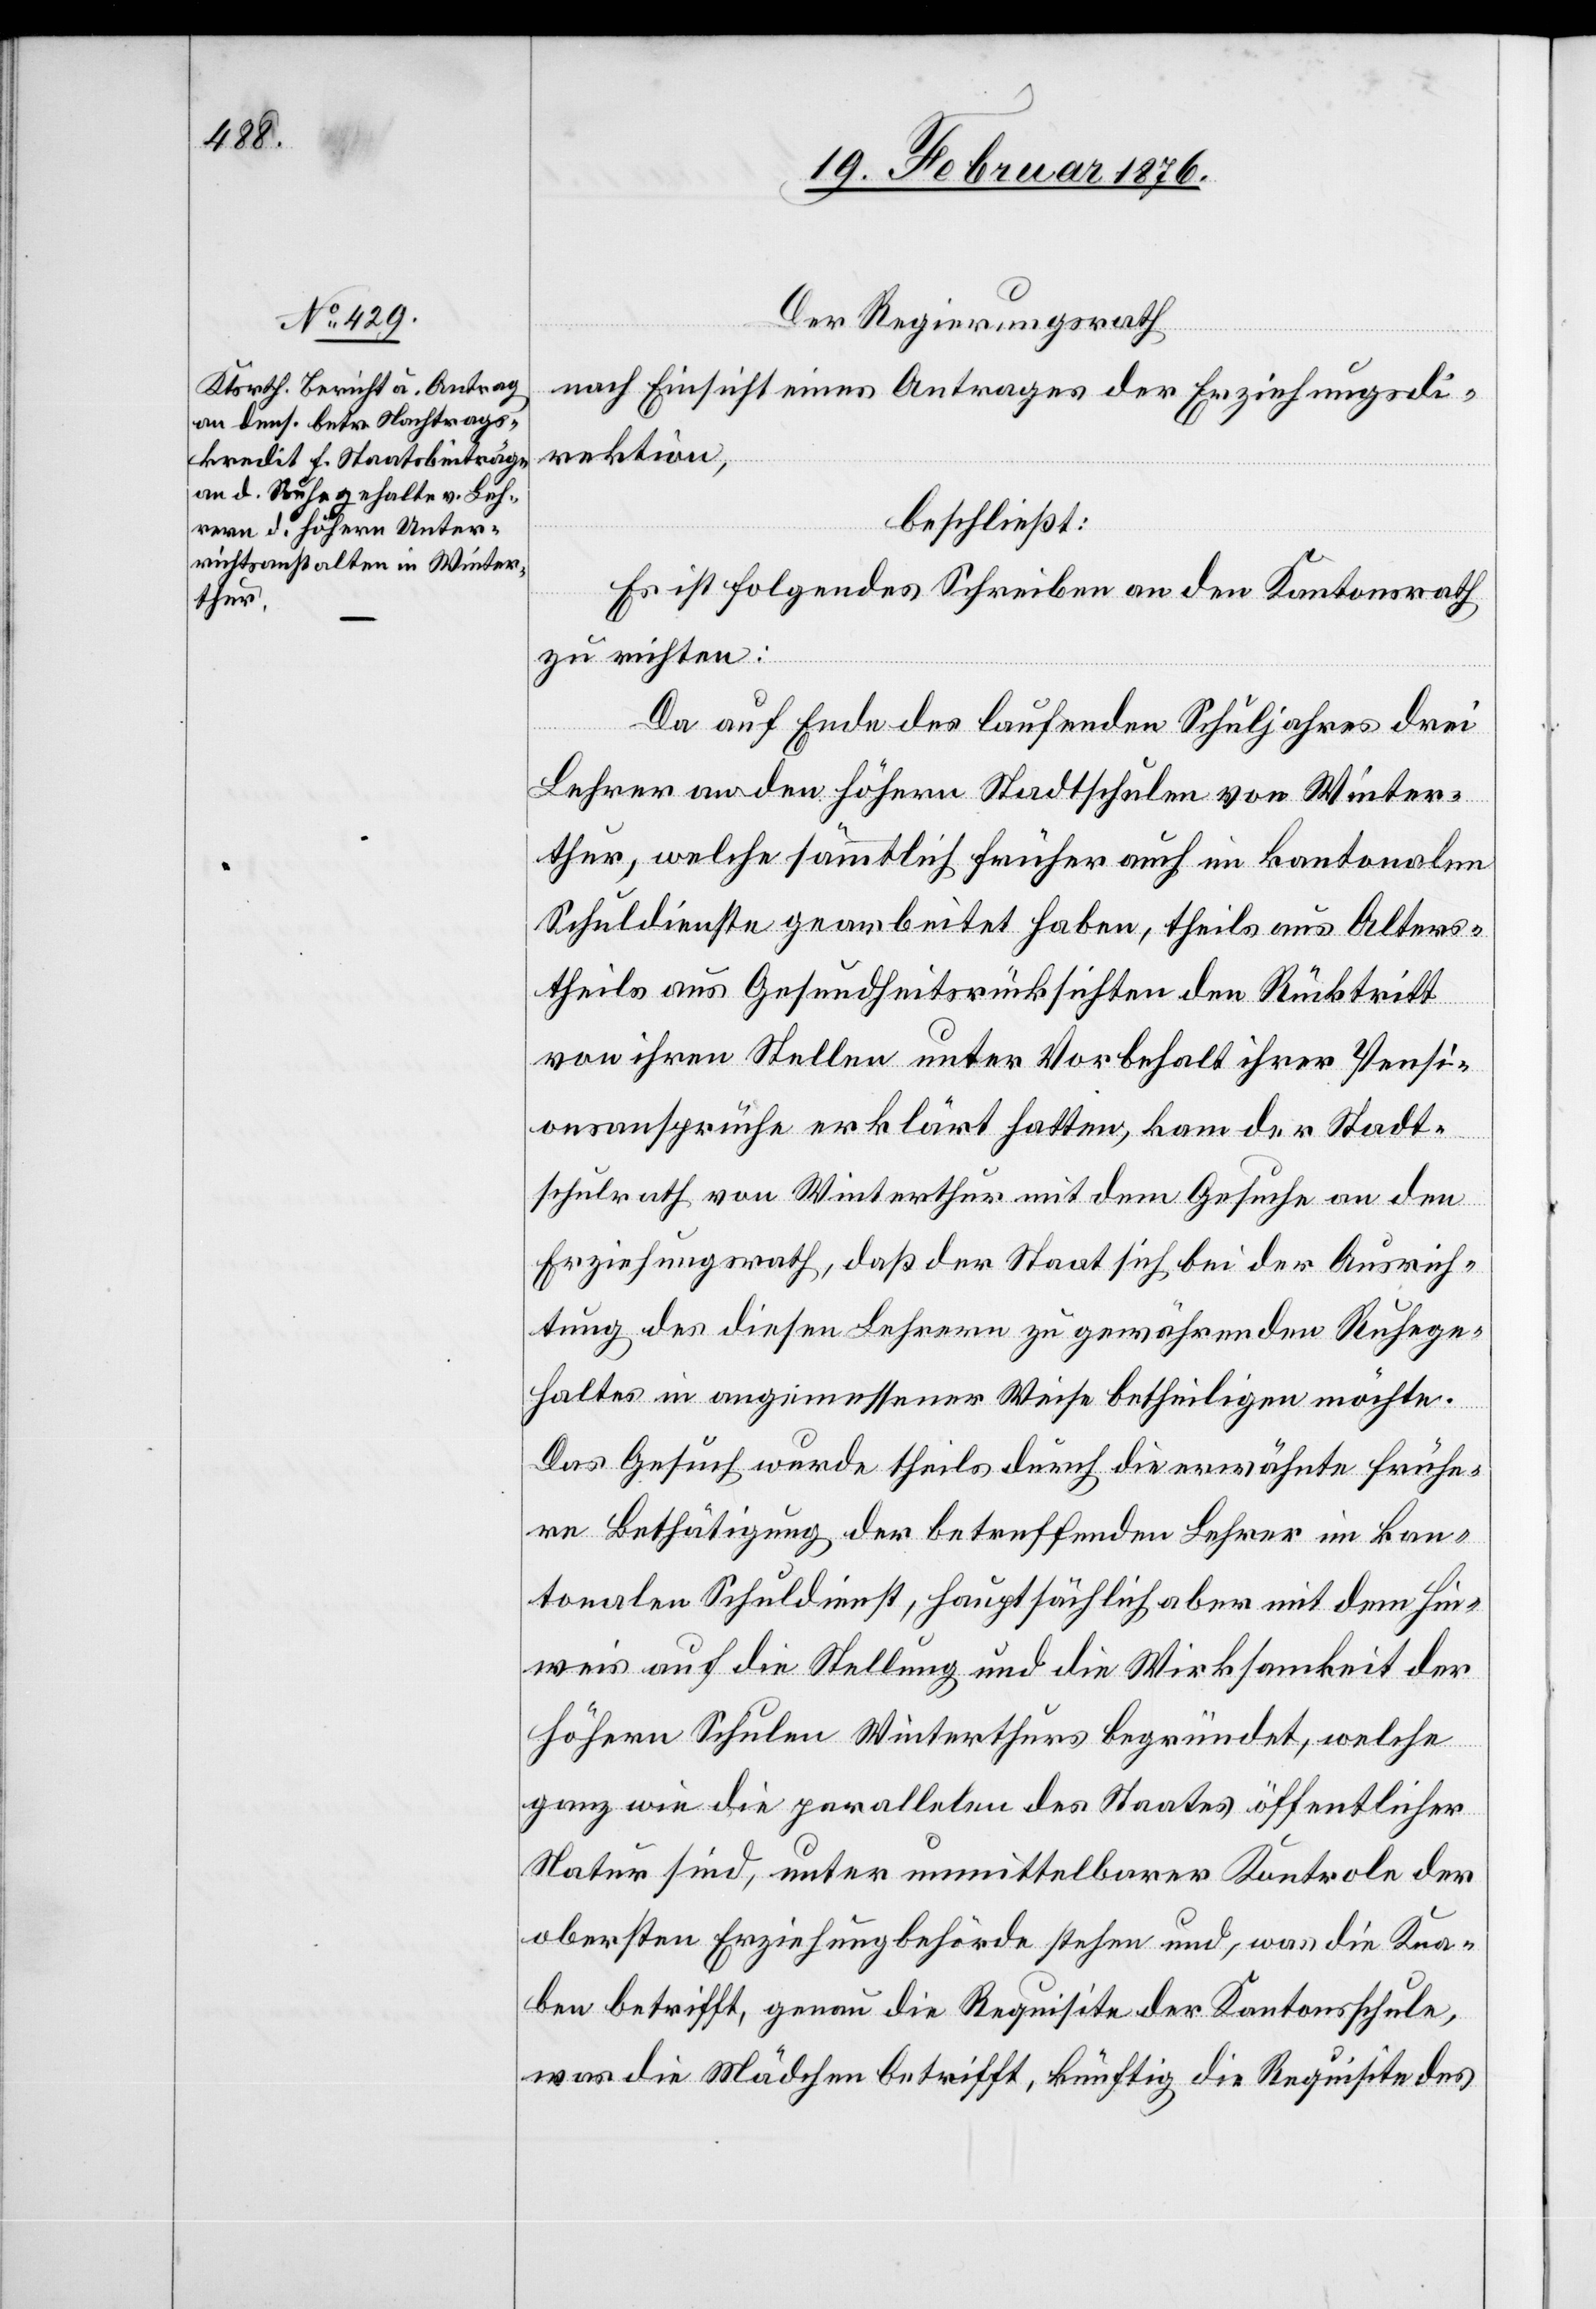
Der Regierungsrath
nach Einsicht eines Antrages der Erziehungsdi¬
rektion,
beschließt:
Es ist folgendes Schreiben an den Kantonsrath
zu richten:
Da auf Ende des laufenden Schuljahres drei
Lehrer an den höhern Stadtschulen von Winter¬
thur, welche sämmtlich früher auch im kantonalen
Schuldienste gearbeitet haben, theils aus Alters-
theils aus Gesundheitsrücksichten den Rücktritt
von ihren Stellen unter Vorbehalt ihrer Pensi¬
onsansprüche erklärt hatten, kam der Stadt¬
schulrath von Winterthur mit dem Gesuche an den
Erziehungsrath, daß der Staat sich bei der Ausrich¬
tung des diesen Lehrern zu gewährenden Ruhege¬
haltes in angemessener Weise betheiligen möchte.
Das Gesuch wurde theils durch die erwähnte frühe¬
re Bethätigung der betreffenden Lehrer im kan¬
tonalen Schuldienst, hauptsächlich aber mit dem Hin¬
weis auf die Stellung und die Wirksamkeit der
höhern Schulen Winterthurs begründet, welche
ganz wie die parallelen des Staates öffentlicher
Natur sind, unter unmittelbarer Kontrole der
obersten Erziehungbehörde [sic!] stehen und, was die Kna¬
ben betrifft, genau die Requisite der Kantonsschule,
was die Mädchen betrifft, künftig die Requisite des